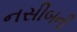
નસીબની